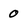
Character: 0